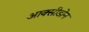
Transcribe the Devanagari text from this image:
आक्सीडोन